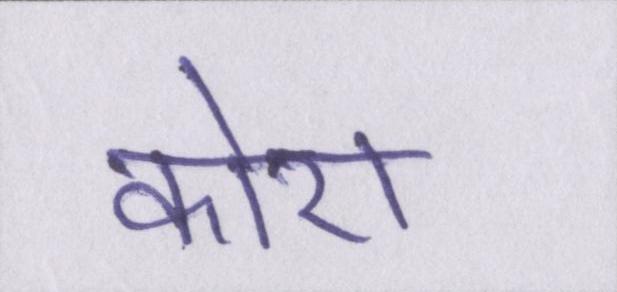
कोरा